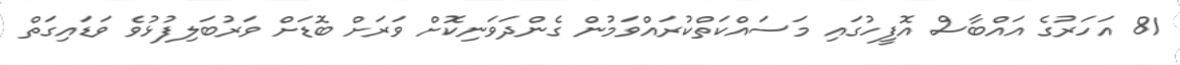
81 އަހަރުގެ އައްބާސް އޮފީހުގައި މަސައްކަތްކުރައްވަމުން ގެންދަވަނިކޮށް ވަރަށް ބޮޑަށް ވަރުބަލިފުޅުވެ ވަޑައިގަތް